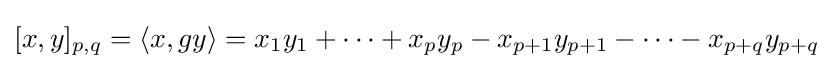
[x,y]_{p,q}=\langle x,gy\rangle =x_{1}y_{1}+\cdots +x_{p}y_{p}-x_{p+1}y_{p+1}-\cdots -x_{p+q}y_{p+q}